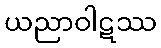
ယညာဝါဋဿ